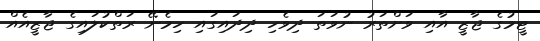
ޓީމުގެ ޖާޒީ އާއި ވަށްތަރު ނުވަތަ ދިވެހި ދިދައިގައި ހިމެނޭ ރަތްކުލައިގެ ޖާޒީއެއް